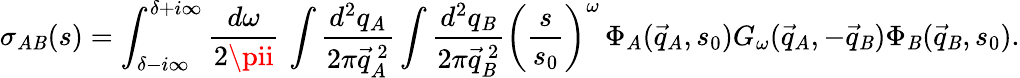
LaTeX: \sigma_{A\mathit{B}}(s)=\int_{\delta-i\infty}^{\delta+i\infty}\frac{{d\omega}}{{2\pii}}\, \int\frac{{d^{2}q_{A}}}{{2\pi\vec{{q}}_{A}^{~2}}}\int\frac{{d^{2}q_{\mathit{B}}}}{{2\pi\vec{{q}}_{\mathit{B}}^{~2}}}\left(\frac{s}{{s_{0}}}\right)^{\omega}\, \Phi_{A}({\vec{{q}}}_{A},s_{0})G_{\omega}({\vec{{q}}}_{A},-{\vec{{q}}}_{\mathit{B}})\Phi_{\mathit{B}}({\vec{{q}}}_{\mathit{B}},s_{0}).